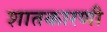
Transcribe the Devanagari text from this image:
शातकारणी